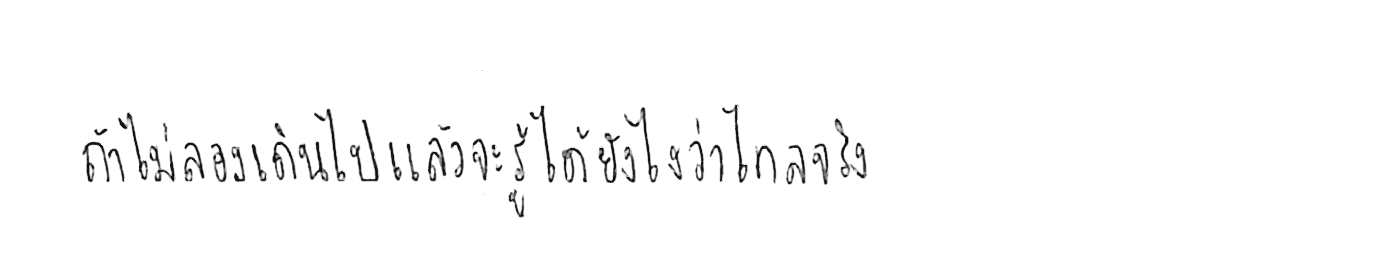
ถ้าไม่ลองเดินไป แล้วจะรู้ได้ยังไงว่าไกลจริง